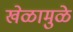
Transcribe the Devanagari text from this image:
खेळामुळे